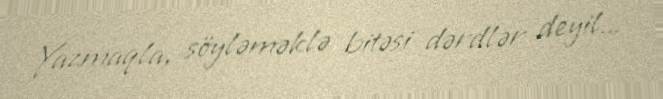
Yazmaqla, söyləməklə bitəsi dərdlər deyil...